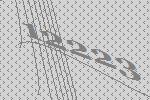
12223